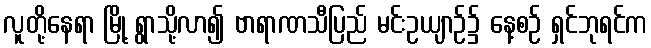
လူတို့နေရာ မြို့ ရွာသို့လာ၍ ဗာရာဏသီပြည် မင်းဥယျာဉ်၌ နေ့စဉ် ရှင်ဘုရင်က